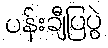
ပန်းချီပြပွဲ